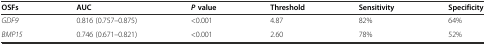
<table><thead><tr><td><b>OSFs</b></td><td><b>AUC</b></td><td><b><i>P</i>value</b></td><td><b>Threshold</b></td><td><b>Sensitivity</b></td><td><b>Specificity</b></td></tr></thead><tbody><tr><td><i>GDF9</i></td><td>0.816 (0.757–0.875)</td><td>&lt;0.001</td><td>4.87</td><td>82%</td><td>64%</td></tr><tr><td><i>BMP15</i></td><td>0.746 (0.671–0.821)</td><td>&lt;0.001</td><td>2.60</td><td>78%</td><td>52%</td></tr></tbody></table>